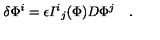
\delta \Phi ^ { i } = \epsilon { I ^ { i } } _ { j } ( \Phi ) D \Phi ^ { j } \quad .